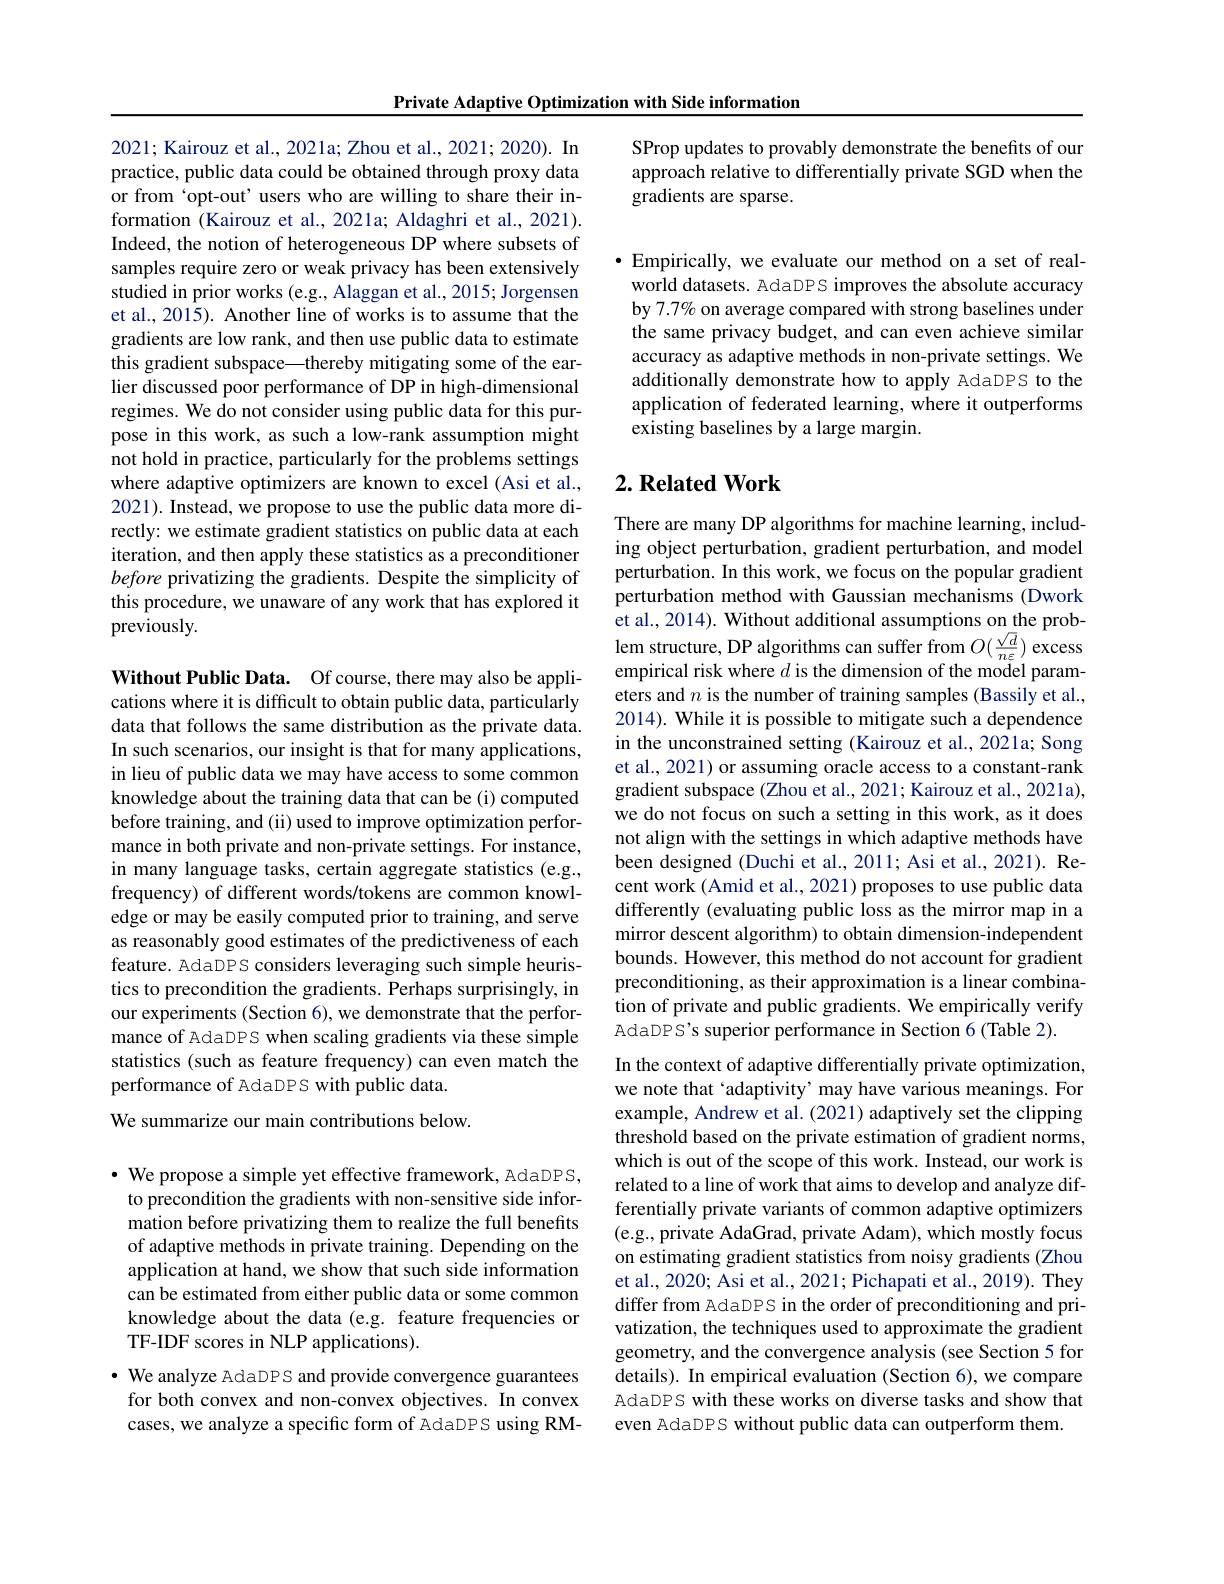
Private Adaptive Optimization with Side information

2021; Kairouz et al., 2021a; Zhou et al., 2021; 2020). In practice, public data could be obtained through proxy data or from 'opt-out' users who are willing to share their information (Kairouz et al., 2021a; Aldaghri et al., 2021). Indeed, the notion of heterogeneous DP where subsets of samples require zero or weak privacy has been extensively studied in prior works (e.g., Alaggan et al., 2015; Jorgensen et al., 2015). Another line of works is to assume that the gradients are low rank, and then use public data to estimate this gradient subspace—thereby mitigating some of the earlier discussed poor performance of DP in high-dimensional regimes. We do not consider using public data for this purpose in this work, as such a low-rank assumption might not hold in practice, particularly for the problems settings where adaptive optimizers are known to excel (Asi et al., 2021). Instead, we propose to use the public data more directly: we estimate gradient statistics on public data at each iteration, and then apply these statistics as a preconditioner before privatizing the gradients. Despite the simplicity of this procedure, we unaware of any work that has explored it previously.

Without Public Data. Of course, there may also be applications where it is difficult to obtain public data, particularly data that follows the same distribution as the private data. In such scenarios, our insight is that for many applications, in lieu of public data we may have access to some common knowledge about the training data that can be (i) computed before training, and (ii) used to improve optimization performance in both private and non-private settings. For instance, in many language tasks, certain aggregate statistics (e.g., frequency) of different words/tokens are common knowledge or may be easily computed prior to training, and serve as reasonably good estimates of the predictiveness of each feature. AdaDPS considers leveraging such simple heuristics to precondition the gradients. Perhaps surprisingly, in our experiments (Section 6), we demonstrate that the performance of AdaDPS when scaling gradients via these simple statistics (such as feature frequency) can even match the performance of AdaDPS with public data.

We summarize our main contributions below.

$\cdot$ We propose a simple yet effective framework, AdaDPS, to precondition the gradients with non-sensitive side information before privatizing them to realize the full benefits of adaptive methods in private training. Depending on the application at hand, we show that such side information can be estimated from either public data or some common knowledge about the data (e.g. feature frequencies or TF-IDF scores in NLP applications).

· We analyze AdaDPS and provide convergence guarantees for both convex and non-convex objectives. In convex cases, we analyze a specific form of AdaDPS using RM-

SProp updates to provably demonstrate the benefits of our approach relative to differentially private SGD when the gradients are sparse.

$\bullet$ Empirically, we evaluate our method on a set of realworld datasets. AdaDPS improves the absolute accuracy by 7.7% on average compared with strong baselines under the same privacy budget, and can even achieve similar accuracy as adaptive methods in non-private settings. We additionally demonstrate how to apply AdaDPS to the application of federated learning, where it outperforms existing baselines by a large margin.

## $2. \textbf{Related Work}$

There are many DP algorithms for machine learning, including object perturbation, gradient perturbation, and model perturbation. In this work, we focus on the popular gradient perturbation method with Gaussian mechanisms (Dwork et al., 2014). Without additional assumptions on the problem structure, DP algorithms can suffer from $O(\frac{\sqrt{d}}{n\varepsilon})$ excess empirical risk where $d$ is the dimension of the model parameters and $n$ is the number of training samples (Bassily et al., 2014). While it is possible to mitigate such a dependence in the unconstrained setting (Kairouz et al., 2021a; Song et al., 2021) or assuming oracle access to a constant-rank gradient subspace (Zhou et al., 2021; Kairouz et al., 2021a), we do not focus on such a setting in this work, as it does not align with the settings in which adaptive methods have been designed (Duchi et al., 2011; Asi et al., 2021). Recent work (Amid et al., 2021) proposes to use public data differently (evaluating public loss as the mirror map in a mirror descent algorithm) to obtain dimension-independent bounds. However, this method do not account for gradient preconditioning, as their approximation is a linear combination of private and public gradients. We empirically verify AdaDPS's superior performance in Section 6 (Table 2).
In the context of adaptive differentially private optimization, we note that ‘adaptivity’ may have various meanings. For example, Andrew et al. (2021) adaptively set the clipping threshold based on the private estimation of gradient norms, which is out of the scope of this work. Instead, our work is related to a line of work that aims to develop and analyze differentially private variants of common adaptive optimizers (e.g., private AdaGrad, private Adam), which mostly focus on estimating gradient statistics from noisy gradients (Zhou et al., 2020; Asi et al., 2021; Pichapati et al., 2019). They differ from AdaDPS in the order of preconditioning and privatization, the techniques used to approximate the gradient geometry, and the convergence analysis (see Section 5 for details). In empirical evaluation (Section 6), we compare AdaDPS with these works on diverse tasks and show that even AdaDPS without public data can outperform them.